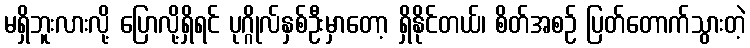
မရှိဘူးလားလို့ ပြောလို့ရှိရင် ပုဂ္ဂိုလ်နှစ်ဦးမှာတော့ ရှိနိုင်တယ်၊ စိတ်အစဉ် ပြတ်တောက်သွားတဲ့